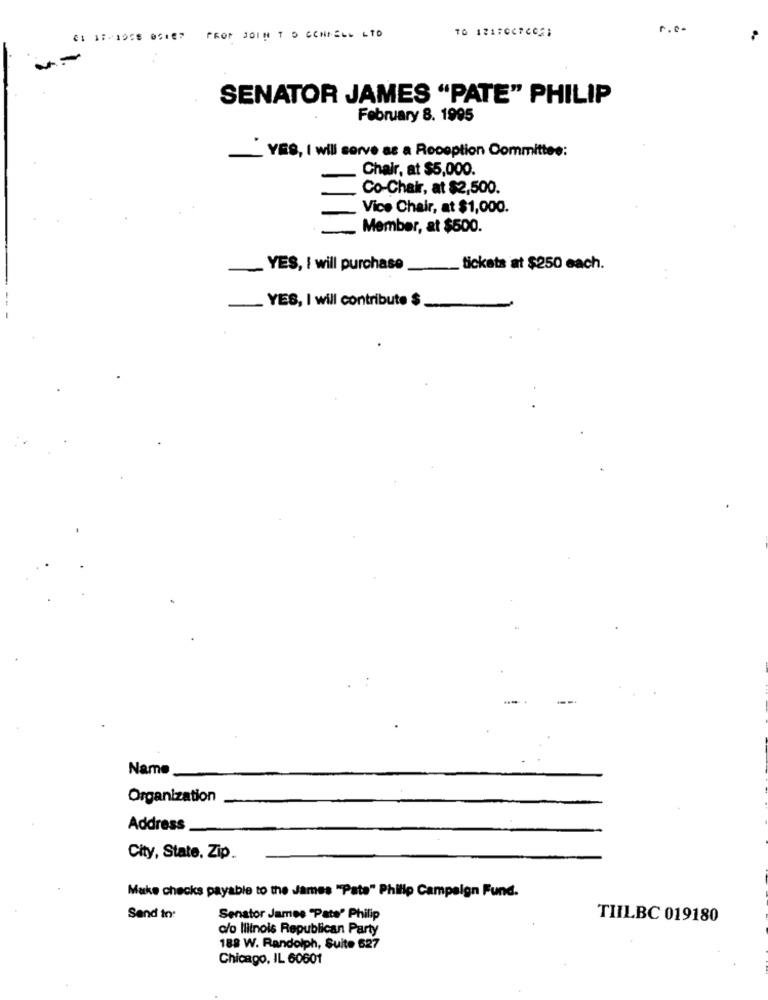
r.c.
C1 1 :- 1958 OGIER PROF JOIN T O CONNELL LTD
--
SENATOR JAMES "PATE" PHILIP
February 8. 1995
YES, I will serve as a Reception Committee:
Chair, at $5,000.
Co-Chair, at $2,500.
Vice Chair, at $1,000.
Member, at $500.
YES, I will purchase
tickets at $250 each.
..
- YES, I will contribute $
Name
Organization
Address
City, State, Zip.
Make checks payable to the James "Pate" Philip Campaign Fund.
Send in:
Senator James "Pate' Philip
TIILBC 019180
c/o Illinois Republican Party
188 W. Randolph, Suite 627
Chicago, IL 60601